Scottish Leaving Certificate Examination, 1954
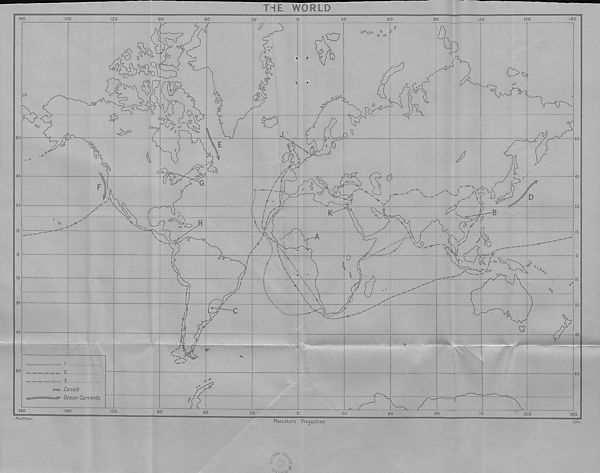
THE
WORLD
180
150
120
180
60
30
60
90
V
^<cp> *
0 d>
o
$
&
c3
o <0
VS
o
Q
tea
(D
4V
cb
60
c5»
Qp
/
0
//
f'
£5
45
45
£?
G
-f
y
.A'O
-
n.
D
\<
A
Sk.
G>
30
30
i /
IV
fs
* «
A-/ ?
H
\ i//
x
jy
c? /
wi;
k
W
A
/
.»
/ •:>.
/
, *0
u
\V
V*_J
■\
30
30
c
45
45
«P
f 2
60
60
s=c Canals
£=5s=s^- Ocea/? Currents
.
Is
180
150
90
12'
150
180
Mercators Projection
Ed in
Matthew,